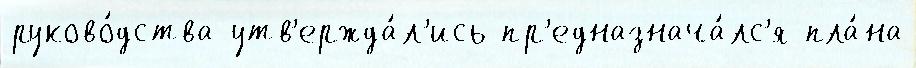
руково́дства утв'ержда́л'ись пр'едназнача́лс'я пла́на